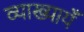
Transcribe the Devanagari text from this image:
व्याख्यायँ